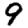
Digit: 9